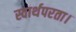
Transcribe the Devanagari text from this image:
स्वार्थपरता।